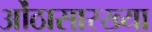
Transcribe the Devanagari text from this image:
ओंठासारख्या